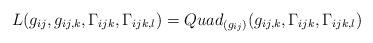
LaTeX: \begin{align*}L(g_{ij},g_{ij,k},\Gamma_{ijk},\Gamma_{ijk,l})=Quad_{(g_{ij})}(g_{ij,k},\Gamma_{ijk},\Gamma_{ijk,l})\end{align*}